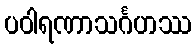
ပဝါရဏာသင်္ဂဟဿ